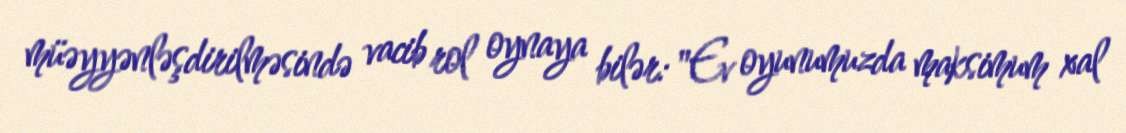
müəyyənləşdirilməsində vacib rol oynaya bilər: "Ev oyunumuzda maksimum xal